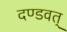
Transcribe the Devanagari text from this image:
दण्डवत्‌